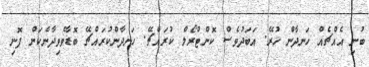
ބުނި އެއްޗެއް ހަނދާން ހުރޭ. އަބަދުވެސް ކޮންޓްރޯލް ކުރައްޗޭ. ހަނދާންކުރައްޗޭ ބޮޑާވެވިދާނެކަން ފޮނި